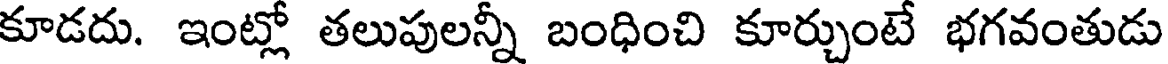
కూడదు. ఇంట్లో తలుపులన్నీ బంధించి కూర్చుంటే భగవంతుడు